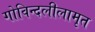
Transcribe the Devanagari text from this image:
गोविन्दलीलामृत